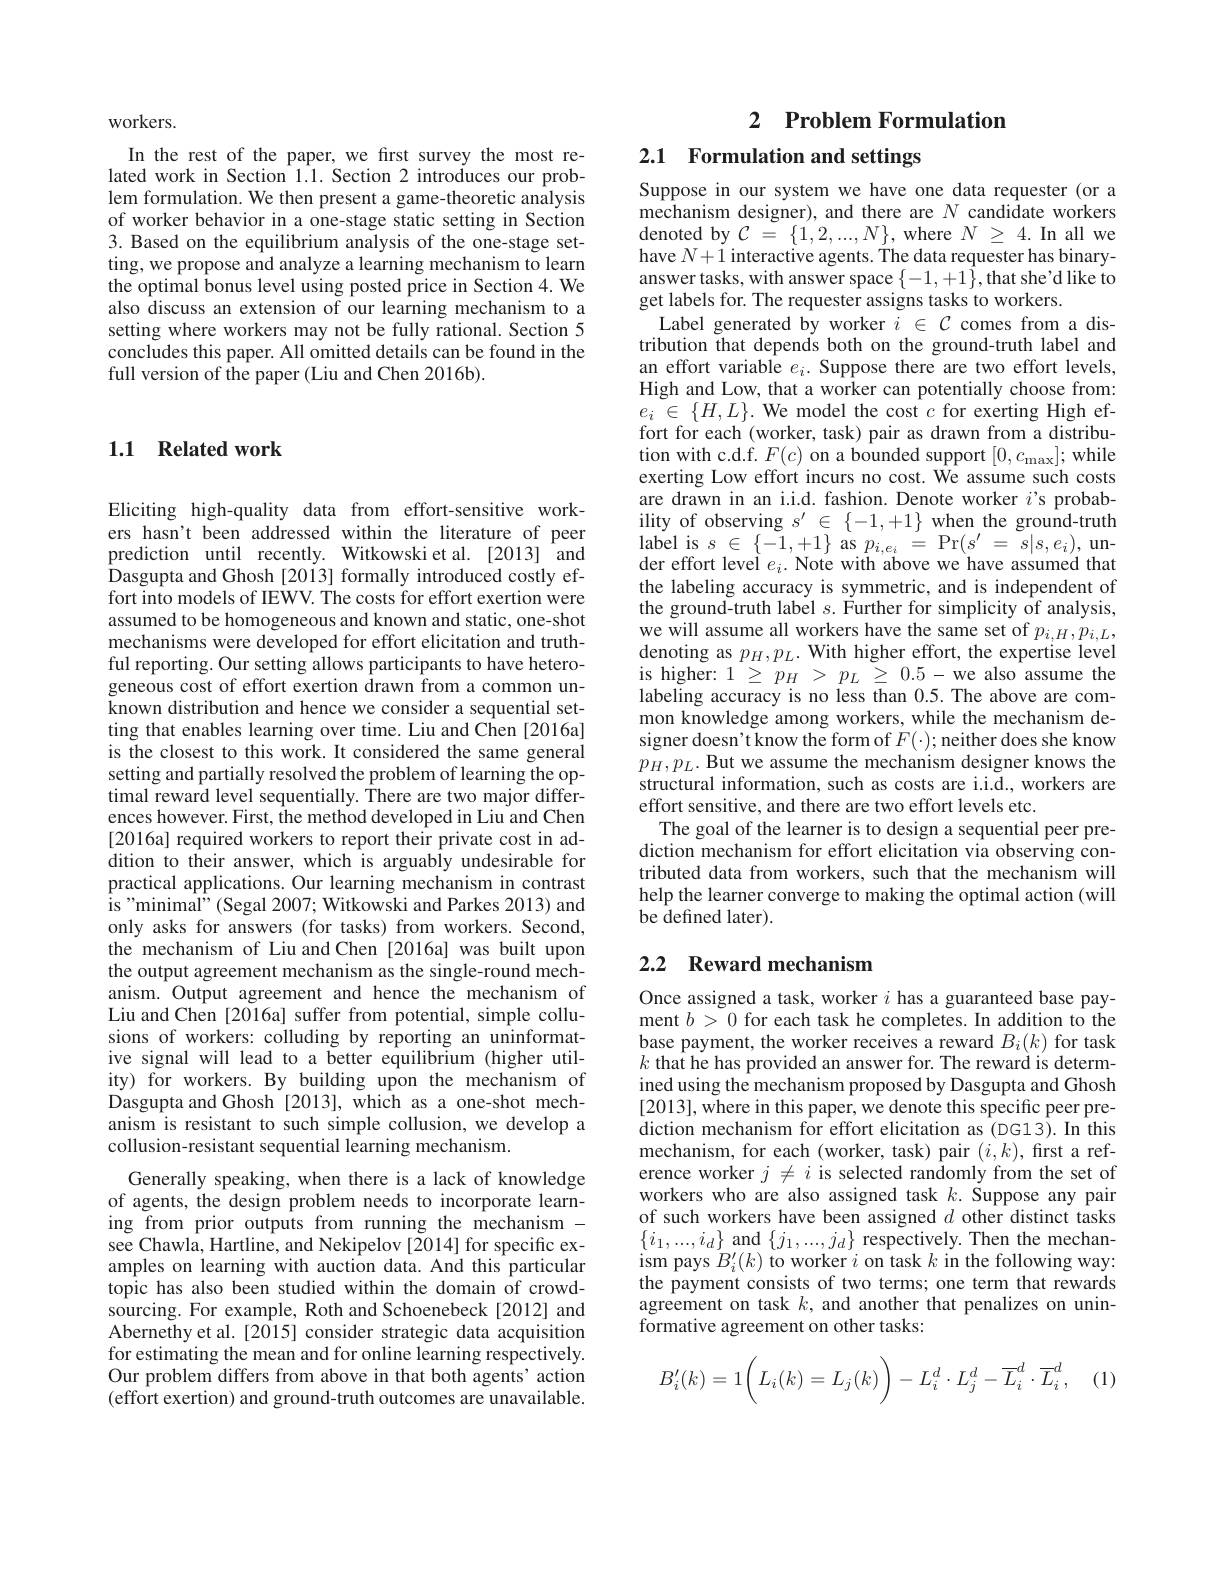
workers.
In the rest of the paper, we first survey the most related work in Section 1.1. Section 2 introduces our problem formulation. We then present a game-theoretic analysis of worker behavior in a one-stage static setting in Section 3. Based on the equilibrium analysis of the one-stage setting, we propose and analyze a learning mechanism to learn the optimal bonus level using posted price in Section 4. We also discuss an extension of our learning mechanism to a setting where workers may not be fully rational. Section 5 concludes this paper. All omitted details can be found in the full version of the paper (Liu and Chen 2016b).

## 1.1 Related work

Eliciting high-quality data from effort-sensitive workers hasn't been addressed within the literature of peer prediction until recently. Witkowski et al. [2013] and Dasgupta and Ghosh [2013] formally introduced costly effort into models of IEWV. The costs for effort exertion were assumed to be homogeneous and known and static, one-shot mechanisms were developed for effort elicitation and truthful reporting. Our setting allows participants to have heterogeneous cost of effort exertion drawn from a common unknown distribution and hence we consider a sequential setting that enables learning over time. Liu and Chen [2016a] is the closest to this work. It considered the same general setting and partially resolved the problem of learning the optimal reward level sequentially. There are two major differences however. First, the method developed in Liu and Chen [2016a] required workers to report their private cost in addition to their answer, which is arguably undesirable for practical applications. Our learning mechanism in contrast is " minimal" ( Segal 2007; Witkowski and Parkes 2013) and only asks for answers (for tasks) from workers. Second, the mechanism of Liu and Chen [2016a] was built upon the output agreement mechanism as the single-round mechanism. Output agreement and hence the mechanism of Liu and Chen [2016a] suffer from potential, simple collusions of workers: colluding by reporting an uninformative signal will lead to a better equilibrium (higher utility) for workers. By building upon the mechanism of Dasgupta and Ghosh [2013], which as a one-shot mechanism is resistant to such simple collusion, we develop a collusion-resistant sequential learning mechanism.
Generally speaking, when there is a lack of knowledge of agents, the design problem needs to incorporate learning from prior outputs from running the mechanism - see Chawla, Hartline, and Nekipelov [2014] for specific examples on learning with auction data. And this particular topic has also been studied within the domain of crowdsourcing. For example, Roth and Schoenebeck[2012] and Abernethy et al. [2015] consider strategic data acquisition for estimating the mean and for online learning respectively. Our problem differs from above in that both agents' action $(\hat{\text{effort exertion) and ground-truth outcomes are unavailable.}}$

2 Problem Formulation
2.1 Formulation and settings

Suppose in our system we have one data requester (or a mechanism designer), and there are $N$ candidate workers denoted by $C$ = $\{ 1, 2, . . . , N\} $,where $N$ $\geq$ 4. In all we have $N+1$ interactive agents. The data requester has binaryanswer tasks, with answer space $\{-1,+1\}$,that she'd like to get labels for. The requester assigns tasks to workers.
Label generated by worker $i\in\mathcal{C}$ comes from a distribution that depends both on the ground-truth label and an effort variable $e_i.$ Suppose there are two effort levels, High and Low, that a worker can potentially choose from: $e_{i}\in\{H,L\}.$ We model the cost $c$ for exerting High effort for each (worker, task) pair as drawn from a distribution with c.d.f. $F(c)$ on a bounded support $[0,c_{\mathrm{max}}];$ while exerting Low effort incurs no cost. We assume such costs are drawn in an i.i.d. fashion. Denote worker $i’$s probability of observing $s^\prime\in\{-1,+1\}$ when the ground-truth $\begin{array}{l}{\mathrm{label~is~}s\in\{-1,+1\}~\mathrm{as~}p_{i,e_{i}}~=~\mathrm{Pr}(s^{\prime}~=~s|s,e_{i}),~\mathrm{un-}}\\{\mathrm{der~effort~level~}e_{i}.~\mathrm{Note~with~above~we~have~assumed~that}}\end{array}$ the labeling accuracy is symmetric, and is independent of the ground-truth label $s.$ Further for simplicity of analysis, we will assume all workers have the same set of $p_{i,H},p_{i,L}$, denoting as $p_H,p_L.$ With higher effort, the expertise level is higher: $1\geq p_{H}>p_{L}\geq0.5-$we also assume the labeling accuracy is no less than 0.5. The above are common knowledge among workers, while the mechanism designer doesn't know the form of $F(\cdot);$neither does she know $p_{H},p_{L}.$ But we assume the mechanism designer knows the structural information, such as costs are i.i.d., workers are effort sensitive, and there are two effort levels etc.
The goal of the learner is to design a sequential peer prediction mechanism for effort elicitation via observing contributed data from workers, such that the mechanism will help the learner converge to making the optimal action (will be defined later).

# 2.2 Reward mechanism

Once assigned a task, worker $i$ has a guaranteed base payment $b>0$ for each task he completes. In addition to the $\begin{array}{l}\text{base payment, the worker receives a reward }B_i(k)\text{ for task}\\k\text{ that he has provided an answer for. The reward is determ-}\\\end{array}$ ined using the mechanism proposed by Dasgupta and Ghosh [2013],where in this paper, we denote this specific peer prediction mechanism for effort elicitation as (DG13).In this mechanism, for each (worker, task) pair $(i,k)$, first a reference worker $j\neq i$ is selected randomly from the set of $\begin{array}{l}\mathrm{workers~who~are~also~assigned~task~}k.~Suppose~any~pair\\\mathrm{of~such~workers~have~beeen~assigned~}d~\mathrm{other~distinct~tasks}\end{array}$ $\{i_{1},...,i_{d}\}$ and $\{j_{1},...,j_{d}\}$ respectively. Then the mechanism pays $B_i^{\prime}(k)$ to worker $i$ on task $k$ in the following way: the payment consists of two terms; one term that rewards agreement on task $k$, and another that penalizes on uninformative agreement on other tasks:
$$B_i'(k)=1\bigg(L_i(k)=L_j(k)\bigg)-L_i^d\cdot L_j^d-\overline{L}_i^d\cdot\overline{L}_i^d,$$
(1,